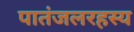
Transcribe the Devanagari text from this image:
पातंजलरहस्य